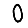
Digit: 0